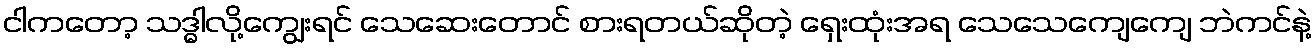
ငါကတော့ သဒ္ဓါလို့ကျွေးရင် သေဆေးတောင် စားရတယ်ဆိုတဲ့ ရှေးထုံးအရ သေသေကျေကျေ ဘဲကင်နဲ့